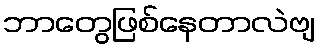
ဘာတွေဖြစ်နေတာလဲဗျ